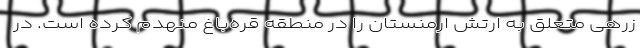
زرهی متعلق به ارتش ارمنستان را در منطقه قره‌باغ منهدم کرده است. در